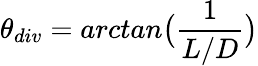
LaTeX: \theta_{div}=arctan\big(\frac{1}{L/D}\big)